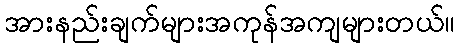
အားနည်းချက်များအကုန်အကျများတယ်။